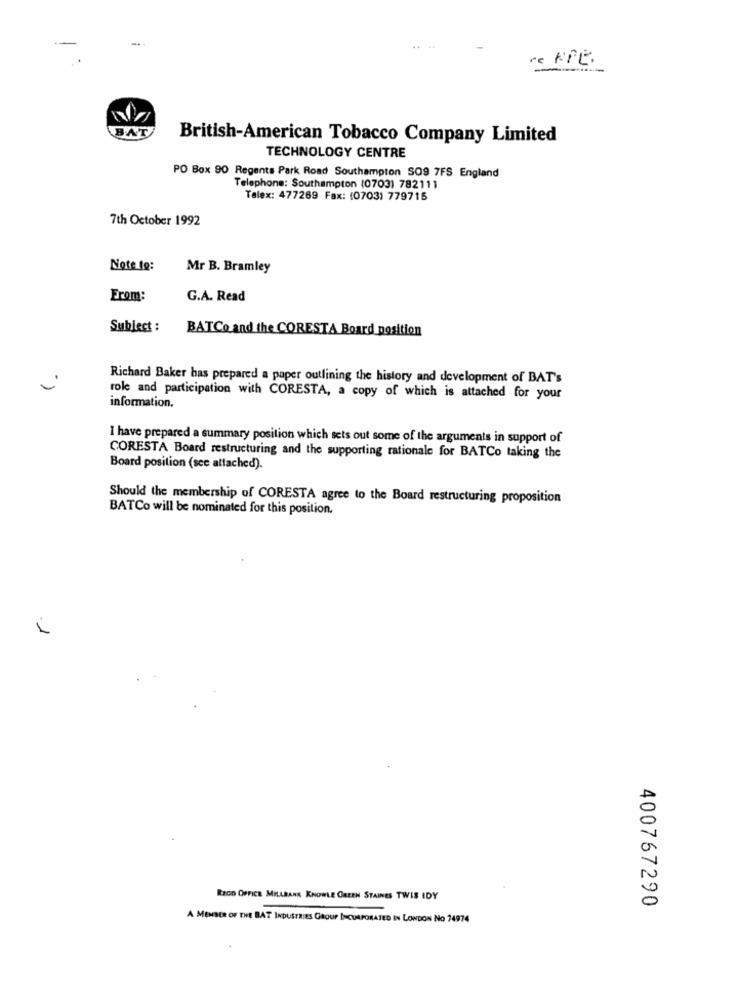
ce FFE.
BAT
British-American Tobacco Company Limited
TECHNOLOGY CENTRE
PO Box 90 Regents Park Road Southampton SO9 7FS England
Telephone: Southampton (0703) 782111
Telex: 477269 Fax: (0703) 779715
7th October 1992
Note to:
Mr B. Bramley
From:
G.A. Read
Subject :
BATCo and the CORESTA Board position
Richard Baker has prepared a paper outlining the history and development of BAT's
role and participation with CORESTA, a copy of which is attached for your
information.
I have prepared a summary position which sets out some of the arguments in support of
CORESTA Board restructuring and the supporting rationale for BATCo taking the
Board position (see attached).
Should the membership of CORESTA agree to the Board restructuring proposition
BATCo will be nominated for this position.
.1
REGO OFFICE MILLRANK KNOWLE GREEN STAINES TWIS IDY
400767290
A MEMBER OF THE BAT INDUSTRIES GROUP INCORPORATED IN LONDON No 74974